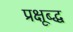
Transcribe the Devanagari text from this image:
प्रक्षूब्द्ध